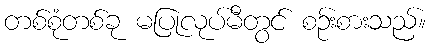
တစ်စုံတစ်ခု မပြုလုပ်မီတွင် စဉ်းစားသည်။